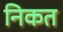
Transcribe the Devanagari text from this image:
निकत